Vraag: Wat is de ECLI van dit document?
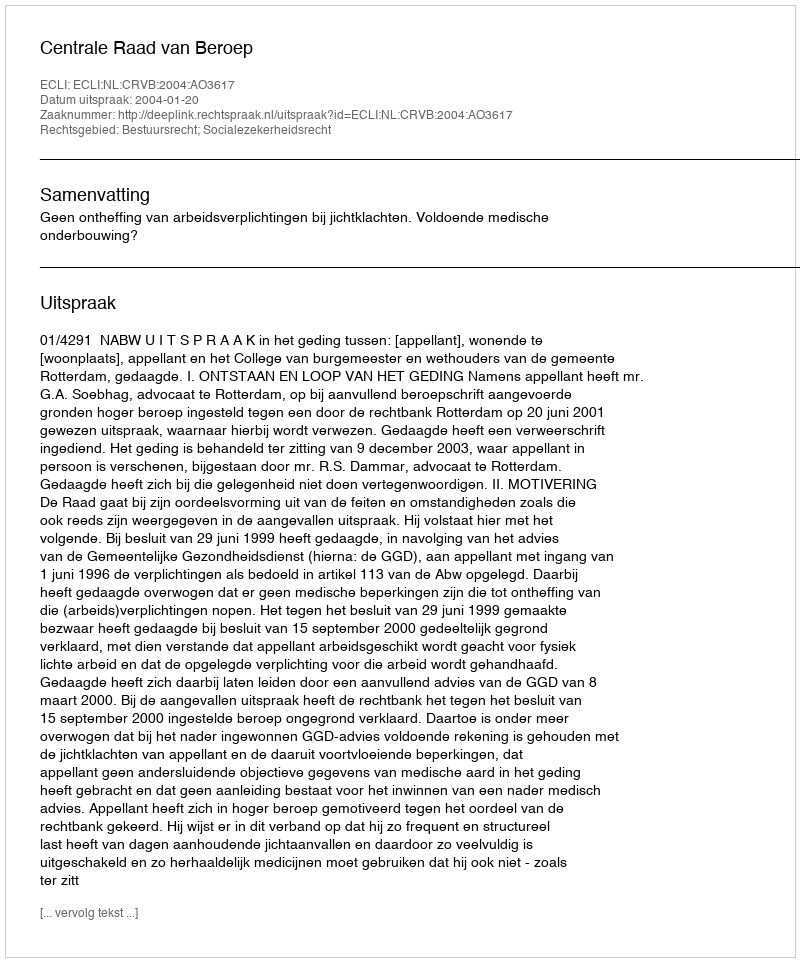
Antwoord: ECLI:NL:CRVB:2004:AO3617